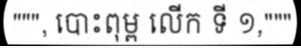
""", បោះពុម្ព លើក ទី ១,"""